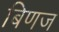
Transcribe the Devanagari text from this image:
बिणज